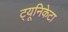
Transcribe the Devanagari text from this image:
ट्यूनिकेटा